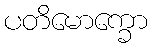
ပတိမောက္ခော